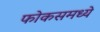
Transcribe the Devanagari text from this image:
फोकसमध्ये